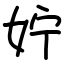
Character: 𪥰